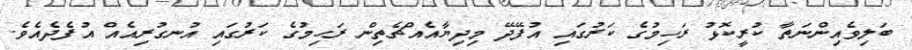
ބަލިވެއިންނަތާ ކުރީކޮޅު ރަހިމުގެ ކަރުގައި އުފޭދޭ މިދިޔާއެއްޗެތިން ރަހިމުގެ ކަރުގައި އުނގުރިއެއް އުފެދެއެވެ.